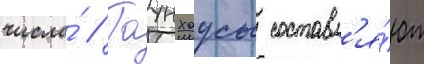
числа́ // Таунхаусы составл'я́ют